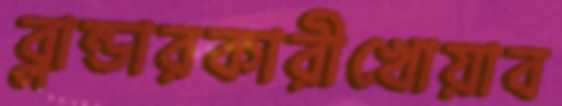
ব্লান্ডারকারীখোয়াব